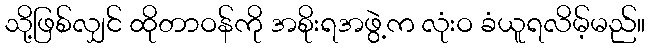
သို့ဖြစ်လျှင် ထိုတာဝန်ကို အစိုးရအဖွဲ့က လုံးဝ ခံယူရလိမ့်မည်။